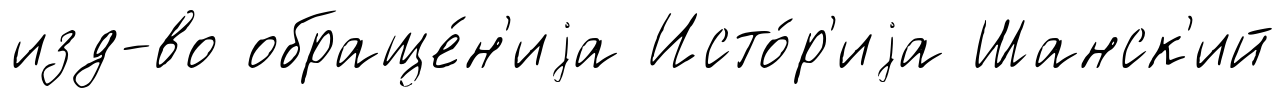
изд-во обраще́н'иjа Исто́р'иjа Шанск'ий